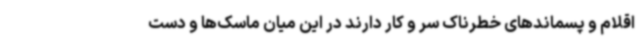
اقلام و پسماندهای خطرناک سر و کار دارند در این میان ماسک‌ها و دست